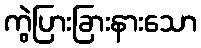
ကွဲပြားခြားနားသော